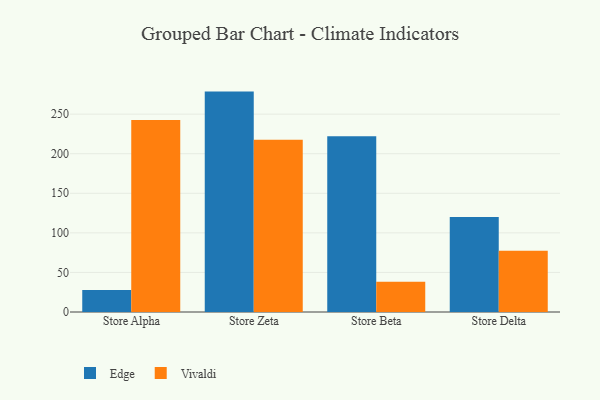
{"axis": {"x": "Store", "y": "Demand Index"}, "legend": ["Edge", "Vivaldi"], "data": [{"x": "Store Alpha", "y": 27.7, "type": "Edge"}, {"x": "Store Alpha", "y": 242.5, "type": "Vivaldi"}, {"x": "Store Zeta", "y": 278.5, "type": "Edge"}, {"x": "Store Zeta", "y": 217.6, "type": "Vivaldi"}, {"x": "Store Beta", "y": 222.2, "type": "Edge"}, {"x": "Store Beta", "y": 38.2, "type": "Vivaldi"}, {"x": "Store Delta", "y": 120.2, "type": "Edge"}, {"x": "Store Delta", "y": 77.5, "type": "Vivaldi"}]}